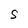
Character: S